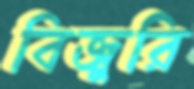
বিজুরি